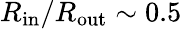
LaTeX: R_{\mathrm{in}}/R_{\mathrm{out}}\sim 0.5